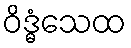
ဝိဒ္ဓံသေထ